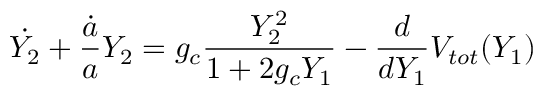
\dot { Y _ { 2 } } + { \frac { \dot { a } } { a } } { Y _ { 2 } } = g _ { c } { \frac { Y _ { 2 } ^ { 2 } } { 1 + 2 g _ { c } Y _ { 1 } } } - { \frac { d } { d Y _ { 1 } } } V _ { t o t } ( Y _ { 1 } )